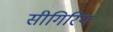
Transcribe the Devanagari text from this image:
सीगिरिय